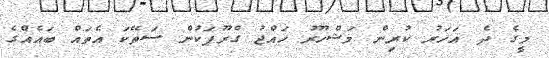
މީގެ ދެ އަހަރު ކުރިން މަޝްހޫރު ހައްޖު ގްރޫޕަކުން ސަތޭކަ އެތައް ބައެއްގެ